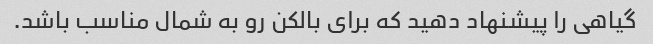
گیاهی را پیشنهاد دهید که برای بالکن رو به شمال مناسب باشد.